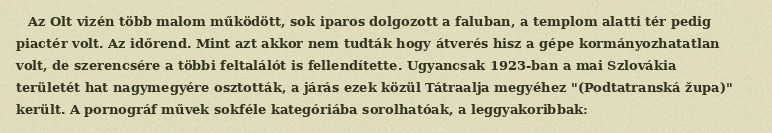
Az Olt vizén több malom működött, sok iparos dolgozott a faluban, a templom alatti tér pedig piactér volt. Az időrend. Mint azt akkor nem tudták hogy átverés hisz a gépe kormányozhatatlan volt, de szerencsére a többi feltalálót is fellendítette. Ugyancsak 1923-ban a mai Szlovákia területét hat nagymegyére osztották, a járás ezek közül Tátraalja megyéhez "(Podtatranská župa)" került. A pornográf művek sokféle kategóriába sorolhatóak, a leggyakoribbak: